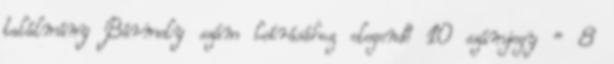
találmány Bármely szám leírásához elegendő 10 számjegy = 8